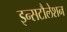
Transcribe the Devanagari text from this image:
इन्सटौलेशन